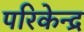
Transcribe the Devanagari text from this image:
परिकेन्द्र